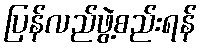
ပြန်လည်ဖွဲ့စည်းရန်